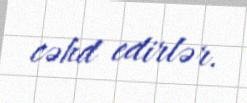
cəhd edirlər.